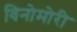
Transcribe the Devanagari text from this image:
विनोमोरी